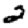
Digit: 2